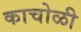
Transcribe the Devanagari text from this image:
काचोळी